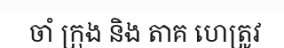
ចាំ ក្រុង និង តាគ ហេត្រូវ